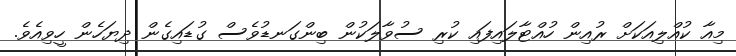
މިއާ ކުއްލިއަކަށް ރުއިން ހުއްޓާލައިފައި ކުރި ސުވާލަކުން ބިންގަނޑުވެސް ގުޑައިގެން ދިޔަހެން ހީވިއެވެ.